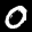
Label: 0